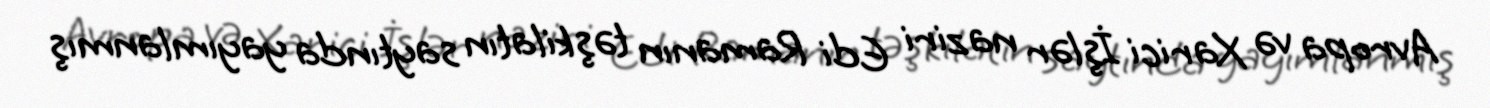
Avropa və Xarici İşlər naziri Edi Ramanın təşkilatın saytında yayımlanmış